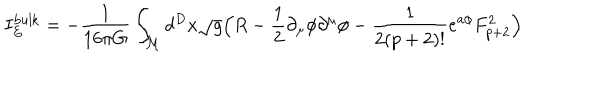
I _ { E } ^ { \mathrm { b u l k } } = - \frac { 1 } { 1 6 \pi G } \int _ { \cal { M } } d ^ { D } x \sqrt { g } \Big ( R - \frac { 1 } { 2 } \partial _ { \mu } \phi \partial ^ { \mu } \phi - \frac { 1 } { 2 ( p + 2 ) ! } e ^ { a \phi } F _ { p + 2 } ^ { 2 } \Big )